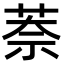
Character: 萘